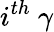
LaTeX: i^{th}~\gamma